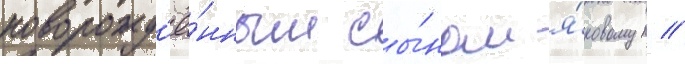
новорожд'ё́нным сы́ном я́ковом //